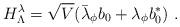
LaTeX: \begin{align*}H_{\Lambda}^{\lambda} = \sqrt{V}(\bar{\lambda}_{\phi} b_{{0}}+\lambda_{\phi} b_{{0}}^{*}) \ .\end{align*}